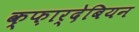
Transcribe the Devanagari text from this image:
क्फ़ार्देबियन